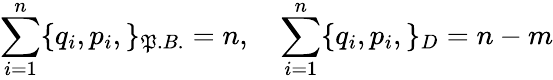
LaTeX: \sum_{i=1}^{n}\{ q_{i},p_{i},\} _{\mathfrak{P}.B.}=n,\quad\sum_{i=1}^{n}\{ q_{i},p_{i},\} _{D}={n-m}